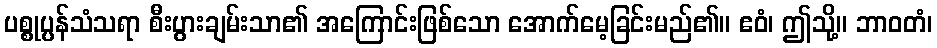
ပစ္စုပ္ပန်သံသရာ စီးပွားချမ်းသာ၏ အကြောင်းဖြစ်သော အောက်မေ့ခြင်းမည်၏။ ဧဝံ၊ ဤသို့။ ဘာဝတံ၊